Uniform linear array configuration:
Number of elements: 16
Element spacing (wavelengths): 0.5
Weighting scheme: hann
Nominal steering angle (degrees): -30
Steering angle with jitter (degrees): -30.978
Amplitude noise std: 0.05
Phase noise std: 0.05

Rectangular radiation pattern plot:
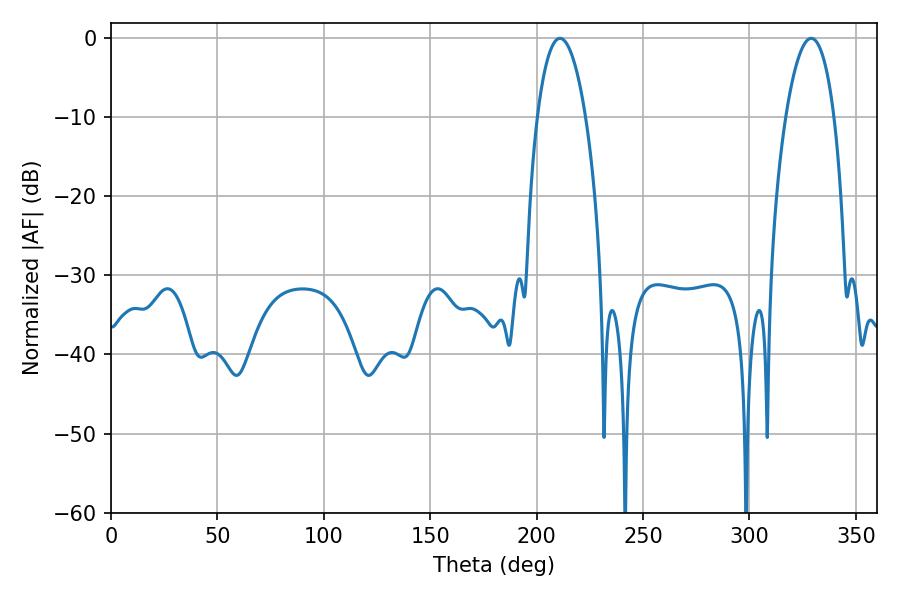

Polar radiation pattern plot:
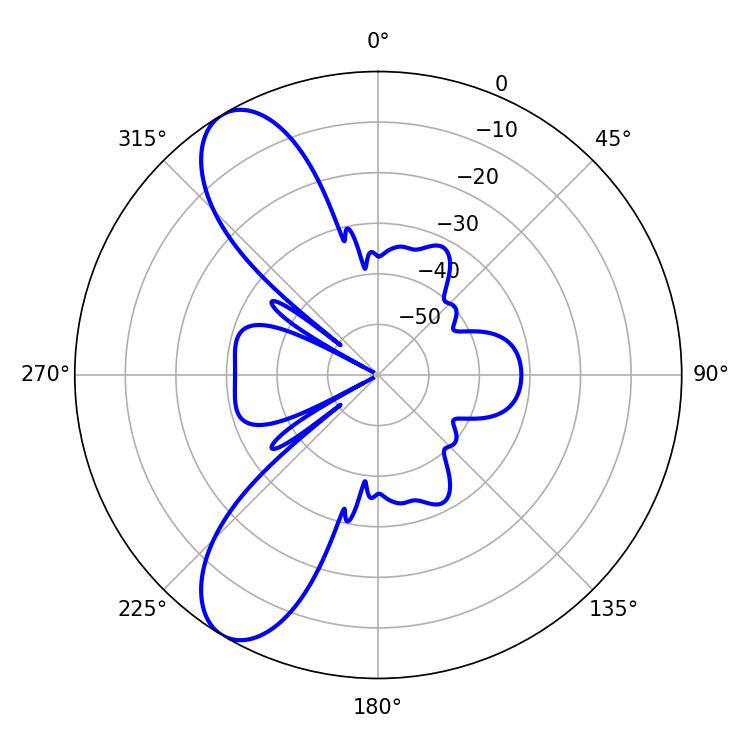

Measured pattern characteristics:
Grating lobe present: FALSE
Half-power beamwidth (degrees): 12.6
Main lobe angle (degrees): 210.96